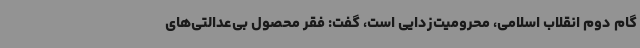
گام دوم انقلاب اسلامی، محرومیت‌زدایی است، گفت: فقر محصول بی‌عدالتی‌های